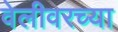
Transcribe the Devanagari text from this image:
वेलीवरच्या